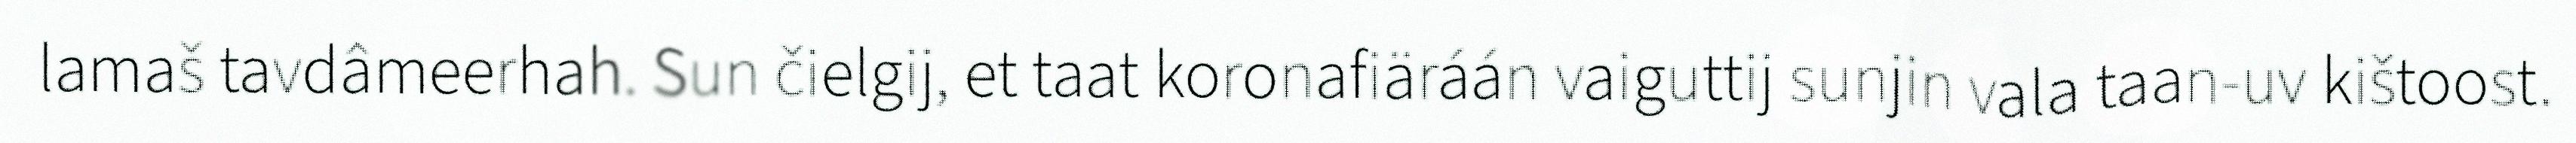
lamaš tavdâmeerhah. Sun čielgij, et taat koronafiäráán vaiguttij sunjin vala taan-uv kištoost.